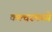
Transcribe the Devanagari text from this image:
कल्चरमध्ये